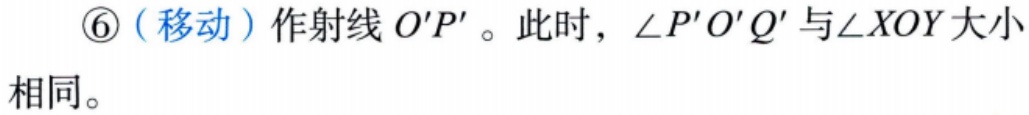
\textcircled{6}（移动）作射线 \(O'P'\)。此时，\(\angle P'O'Q'\) 与 \(\angle XOY\) 大小相同。